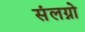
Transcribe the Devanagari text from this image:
संलग्नो